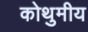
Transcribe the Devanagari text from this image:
कोथुमीय